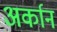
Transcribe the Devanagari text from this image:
अर्कान